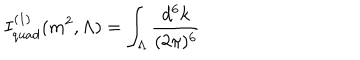
LaTeX: I _ { q u a d } ^ { ( 1 ) } ( m ^ { 2 } , \Lambda ) = \int _ { \Lambda } \frac { d ^ { 6 } k } { ( 2 \pi ) ^ { 6 } }